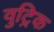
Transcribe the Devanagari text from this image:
वुट्रिक